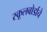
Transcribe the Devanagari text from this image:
स्कूलबोर्डाचे